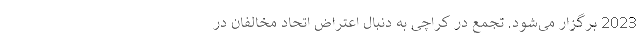
2023 برگزار می‌شود. تجمع در کراچی به دنبال اعتراض اتحاد مخالفان در